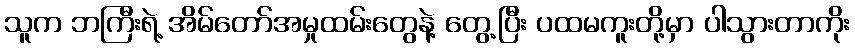
သူက ဘကြီးရဲ့ အိမ်တော်အမှုထမ်းတွေနဲ့ တွေ့ပြီး ပထမကူးတို့မှာ ပါသွားတာကိုး